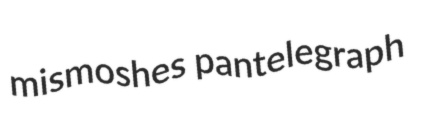
mismoshes pantelegraph